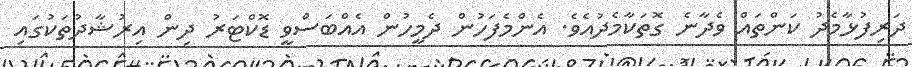
ދަރިފުޅާމެދު ކަންތައް ވެދާނެ ގޮތަކާމެދުއެވެ. އެންމެފަހުން ދެމީހުން އެއްބަސްވީ ޑޮކްޓަރު ދިން އިރުޝާދުތަކުގައި